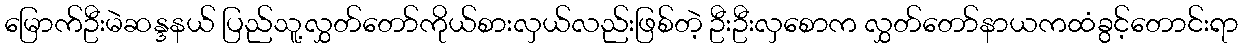
မြောက်ဦးမဲဆန္ဒနယ် ပြည်သူ့လွှတ်တော်ကိုယ်စားလှယ်လည်းဖြစ်တဲ့ ဦးဦးလှစောက လွှတ်တော်နာယကထံခွင့်တောင်းရာ